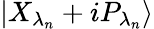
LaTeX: \left|{{X}_{{\lambda}_{n}}}+i{{P}_{{\lambda}_{n}}}\right\rangle